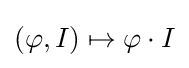
(\varphi ,I)\mapsto \varphi \cdot I